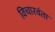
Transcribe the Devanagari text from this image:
विचारवंता